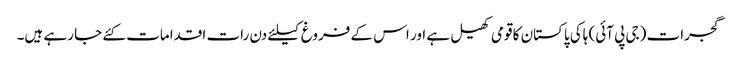
گجرات (جی پی آئی) ہاکی پاکستان کا قومی کھیل ہے اور اس کے فروغ کیلئے دن رات اقدامات کئے جا رہے ہیں۔